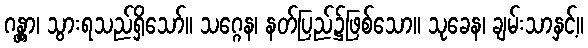
ဂန္တွာ၊ သွားရသည်ရှိသော်။ သဂ္ဂေန၊ နတ်ပြည်၌ဖြစ်သော။ သုခေန၊ ချမ်းသာနှင့်။